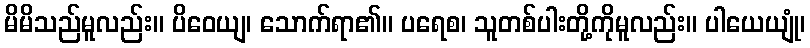
မိမိသည်မူလည်း။ ပိဝေယျ၊ သောက်ရာ၏။ ပရေစ၊ သူတစ်ပါးတို့ကိုမူလည်း။ ပါယေယျုံ၊